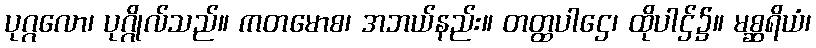
ပုဂ္ဂလော၊ ပုဂ္ဂိုလ်သည်။ ကတမောစ၊ အဘယ်နည်း။ တတ္ထပါဌေ၊ ထိုပါဌ်၌။ မစ္ဆရိယံ၊